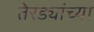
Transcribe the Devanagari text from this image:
तेरड्यांच्या